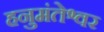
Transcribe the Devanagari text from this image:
हनुमंतेश्वर